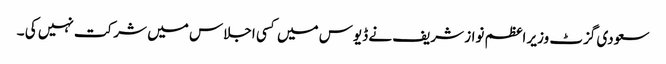
سعودی گزٹ وزیر اعظم نواز شریف نے ڈیوس میں کسی اجلاس میں شرکت نہیں کی ۔